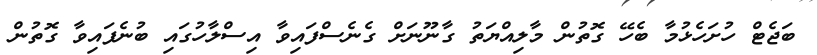
ބަޖެޓް ހުށަހެޅުމާ ބެހޭ ގޮތުން މާލިއްޔަތު ގާނޫނަށް ގެނެސްފައިވާ އިސްލާހުގައި ބުނެފައިވާ ގޮތުން